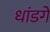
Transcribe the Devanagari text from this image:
धांडगे